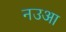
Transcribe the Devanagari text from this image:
नउआ